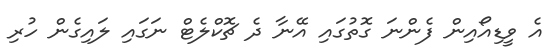
އެ ވީޑިއޯއިން ފެންނަ ގޮތުގައި އޭނާ ދެ ޗޮކްލެޓް ނަގައި ލައިގެން ހުރި